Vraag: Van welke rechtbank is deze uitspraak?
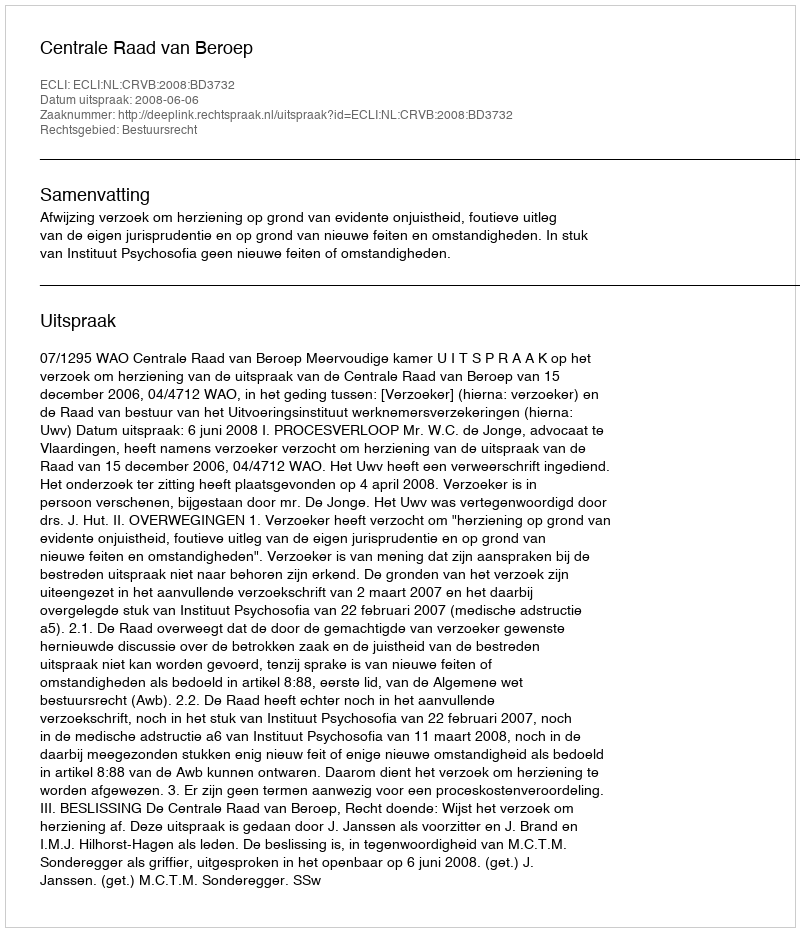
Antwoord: Centrale Raad van Beroep